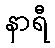
နာရီ